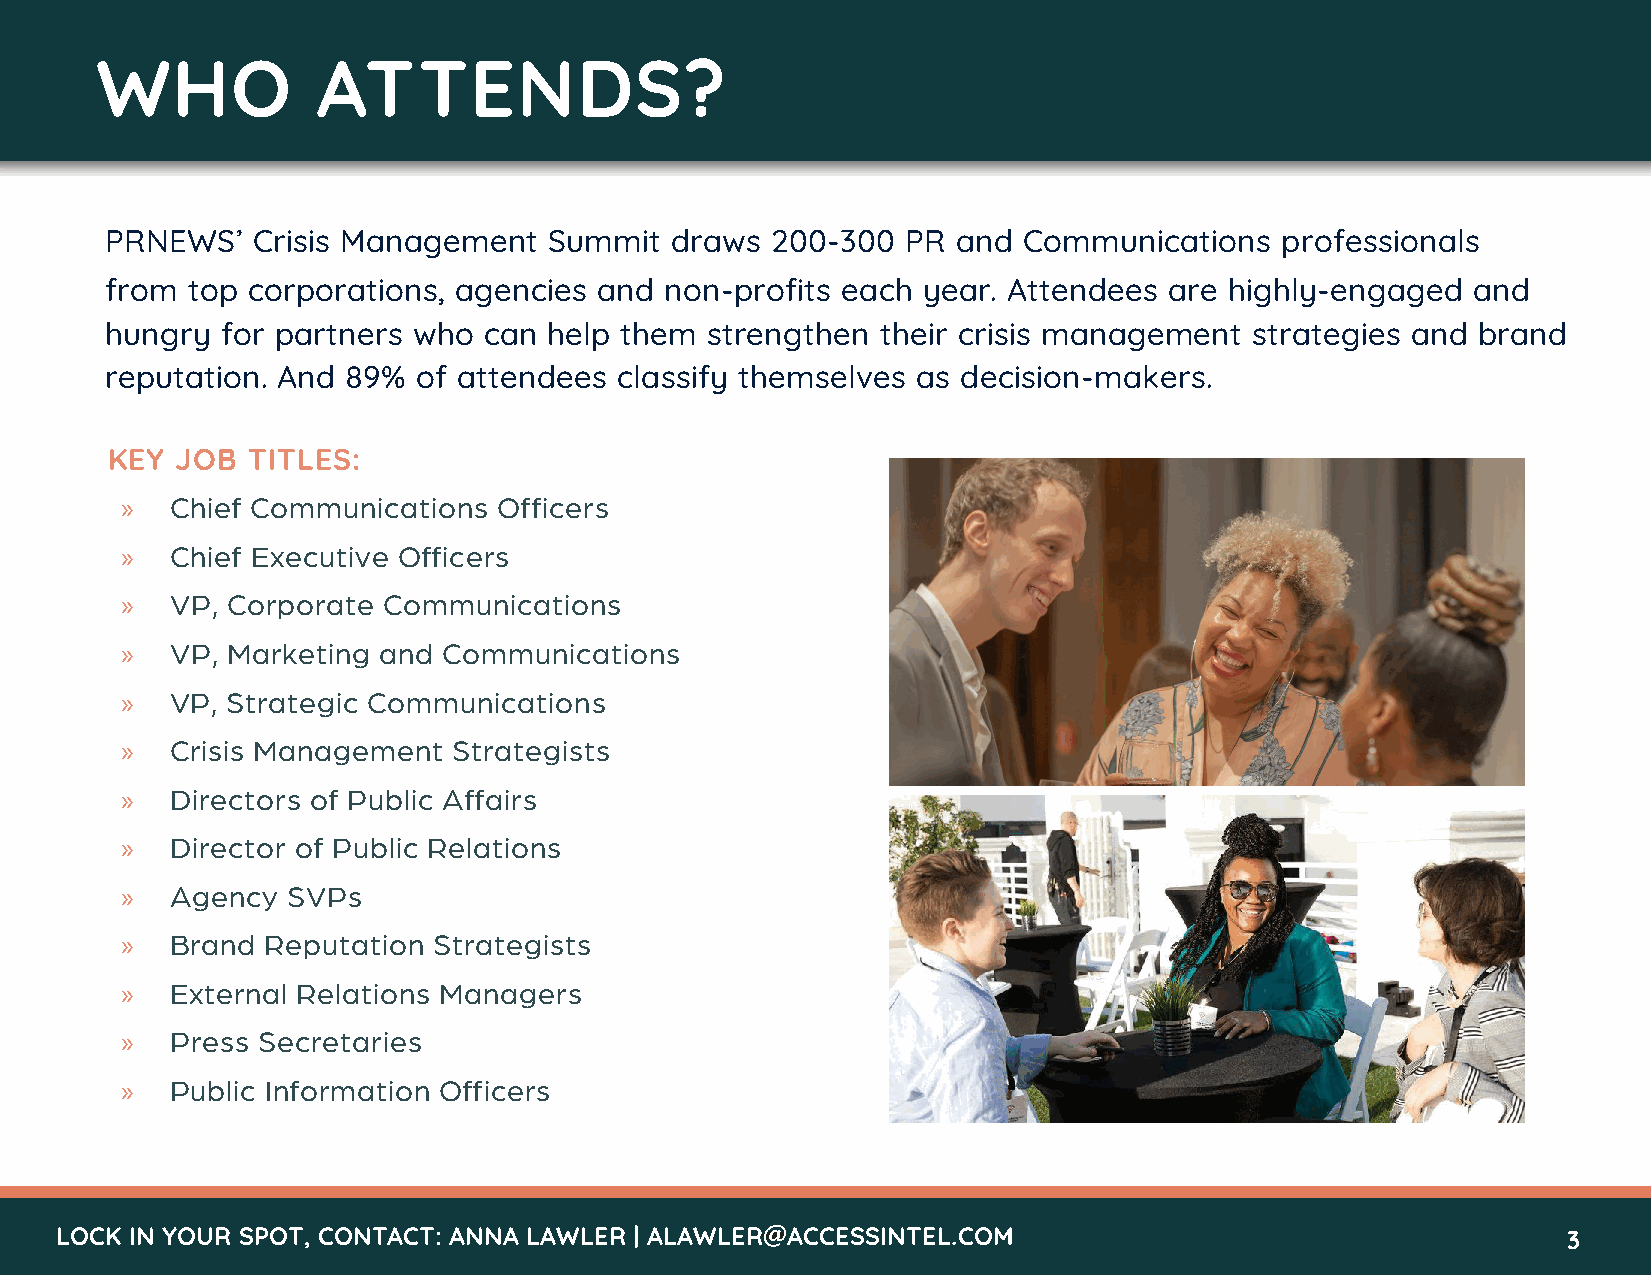
WHO            ATTENDS?
 PRNEWS’   Crisis Management  Summit  draws  200-300  PR and  Communications   professionals
 from top corporations, agencies  and non-profits each year. Attendees are highly-engaged  and
 hungry  for partners who can help them  strengthen their crisis management  strategies and brand
 reputation. And 89%  of attendees classify themselves as decision-makers.
 KEY  JOB TITLES:
 »  Chief Communications  Officers
 »  Chief Executive Officers
 »  VP, Corporate Communications
 »  VP, Marketing and Communications
 »  VP, Strategic Communications
 »  Crisis Management  Strategists
 »  Directors of Public Affairs
 »  Director of Public Relations
 »  Agency  SVPs
 »  Brand  Reputation Strategists
 »  External Relations Managers
 »  Press Secretaries
 »  Public Information Officers
 LOCK IN YOUR SPOT, CONTACT: ANNA LAWLER | ALAWLER@ACCESSINTEL.COM                                   3